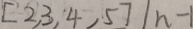
[ 2 , 3 , 4 , 5 ] \vert n - 1